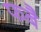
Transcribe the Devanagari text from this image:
फबै